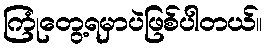
ကြုံတွေ့ရမှာပဲဖြစ်ပါတယ်။